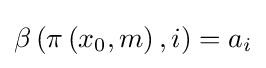
\beta \left(\pi \left(x_{0},m\right),i\right)=a_{i}